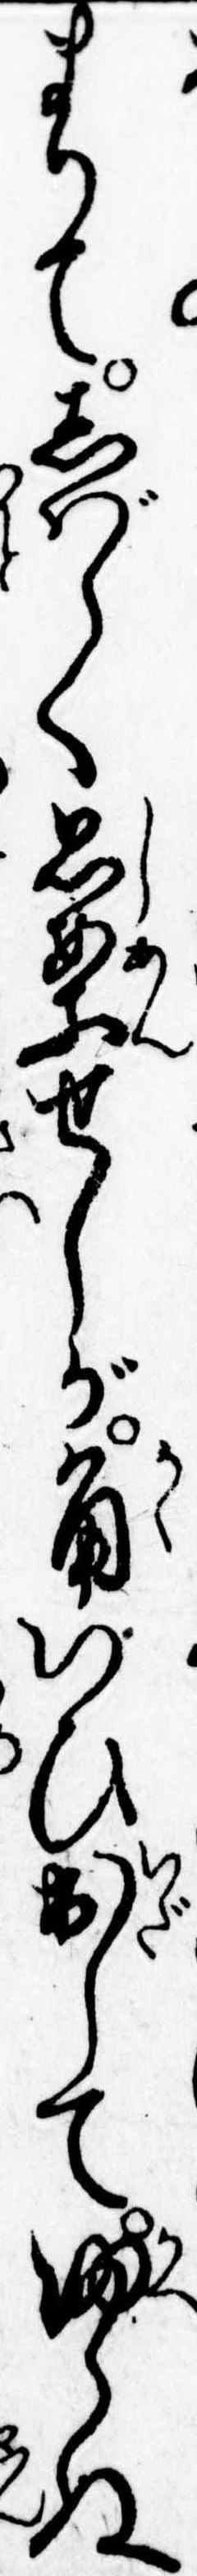
まりてしばらく思案せしが角いひ出して帰らぬ